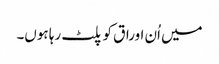
میں اُن اوراق کو پلٹ رہا ہوں۔